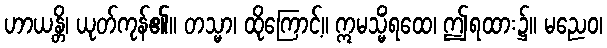
ဟာယန္တိ၊ ယုတ်ကုန်၏။ တသ္မာ၊ ထိုကြောင့်။ ဣမသ္မိံရထေ၊ ဤရထား၌။ မညေဝ၊